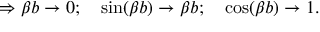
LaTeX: \Rightarrow \beta b \to 0 ; \quad \sin ( \beta b ) \to \beta b ; \quad \cos ( \beta b ) \to 1 .